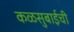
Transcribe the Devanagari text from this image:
कळसुबाईची